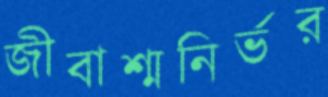
জীবাশ্মনির্ভর